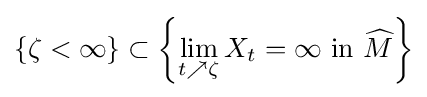
\{\zeta <\infty \}\subset \left\{\lim \limits _{t\nearrow \zeta }X_{t}=\infty {\text{ in }}{\widehat {M}}\right\}